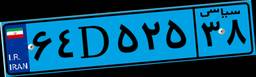
۶۴D۵۲۵۳۸